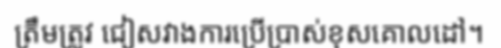
ត្រឹមត្រូវ ជៀសវាងការប្រើប្រាស់ខុសគោលដៅ។